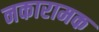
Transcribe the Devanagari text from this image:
नकारामक